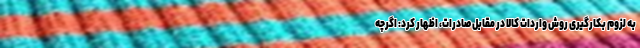
به لزوم بکارگیری روش واردات کالا در مقابل صادرات، اظهار کرد: اگرچه